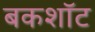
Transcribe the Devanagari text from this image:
बकशॉट